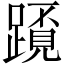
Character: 𨅂